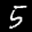
Label: 5